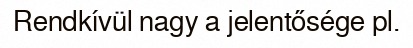
Rendkívül nagy a jelentősége pl.